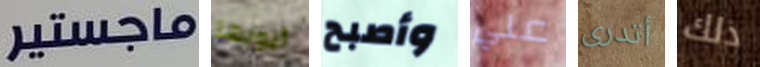
ماجستير أبويها وأصبح علي أتدرى ذلك